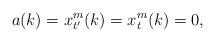
LaTeX: \begin{align*}a(k)=x_{t'}^m(k)=x_t^m(k)=0,\end{align*}